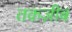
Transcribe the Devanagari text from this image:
तकज़ीब